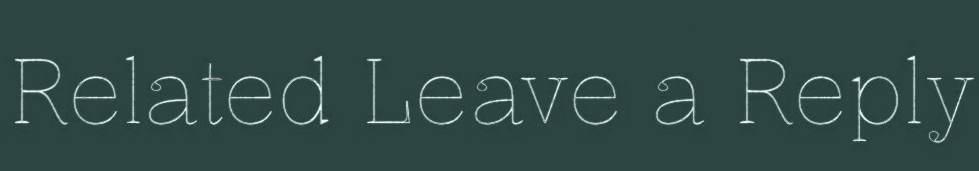
Related Leave a Reply